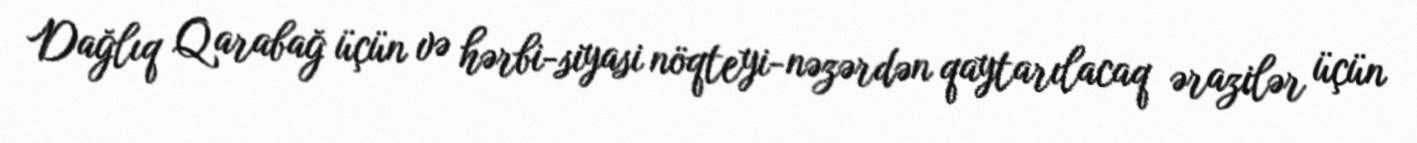
Dağlıq Qarabağ üçün və hərbi-siyasi nöqteyi-nəzərdən qaytarılacaq ərazilər üçün